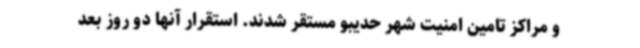
و مراکز تامین امنیت شهر حدیبو مستقر شدند. استقرار آنها دو روز بعد